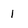
Character: 1